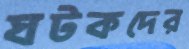
ঘটকদের